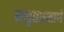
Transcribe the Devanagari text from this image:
मसुद्याप्रमाणे